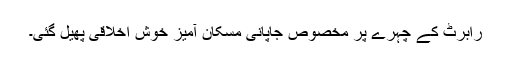
رابرٹ کے چہرے پر مخصوص جاپانی مسکان آمیز خوش اخلاقی پھیل گئی۔